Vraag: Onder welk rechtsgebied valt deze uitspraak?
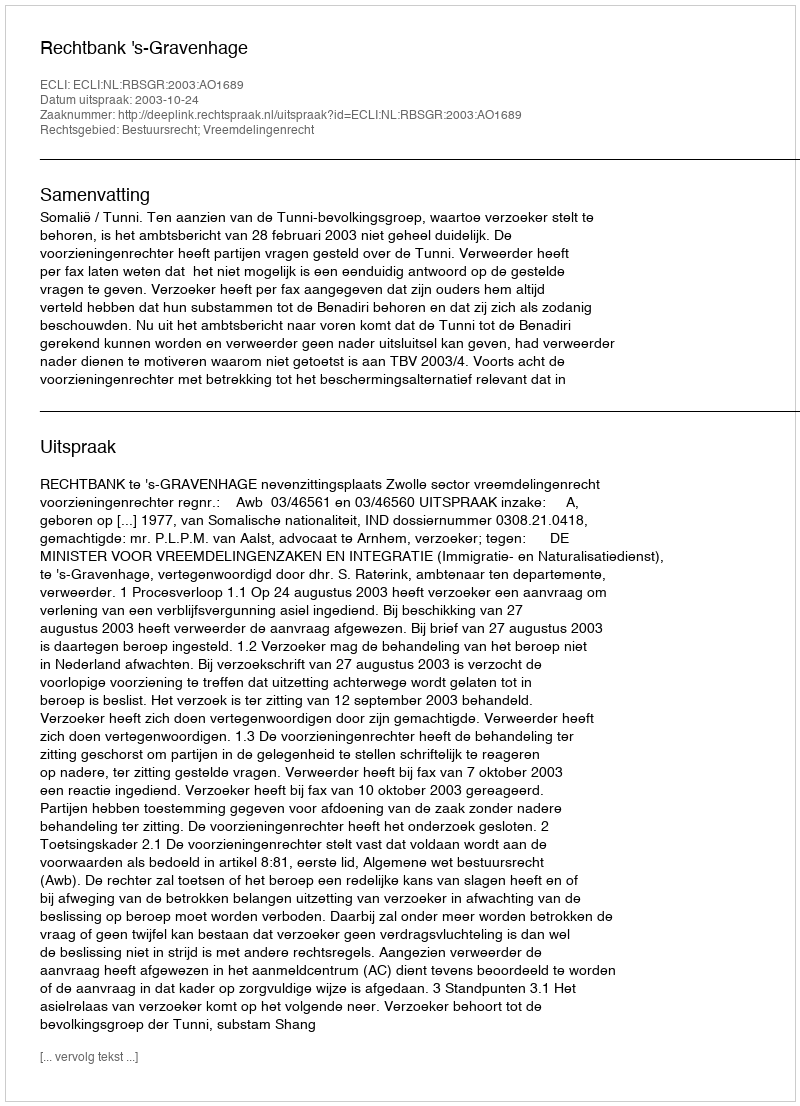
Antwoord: Bestuursrecht; Vreemdelingenrecht